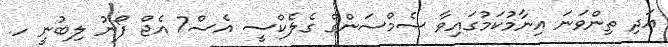
އަދި ތިންވަނަ އިނާމުކަމުގައިވާ ސެމްސަންގް ގެލެކްސީ އެސް7 އެޖް ފޯނު ލިބުނީ ހ.